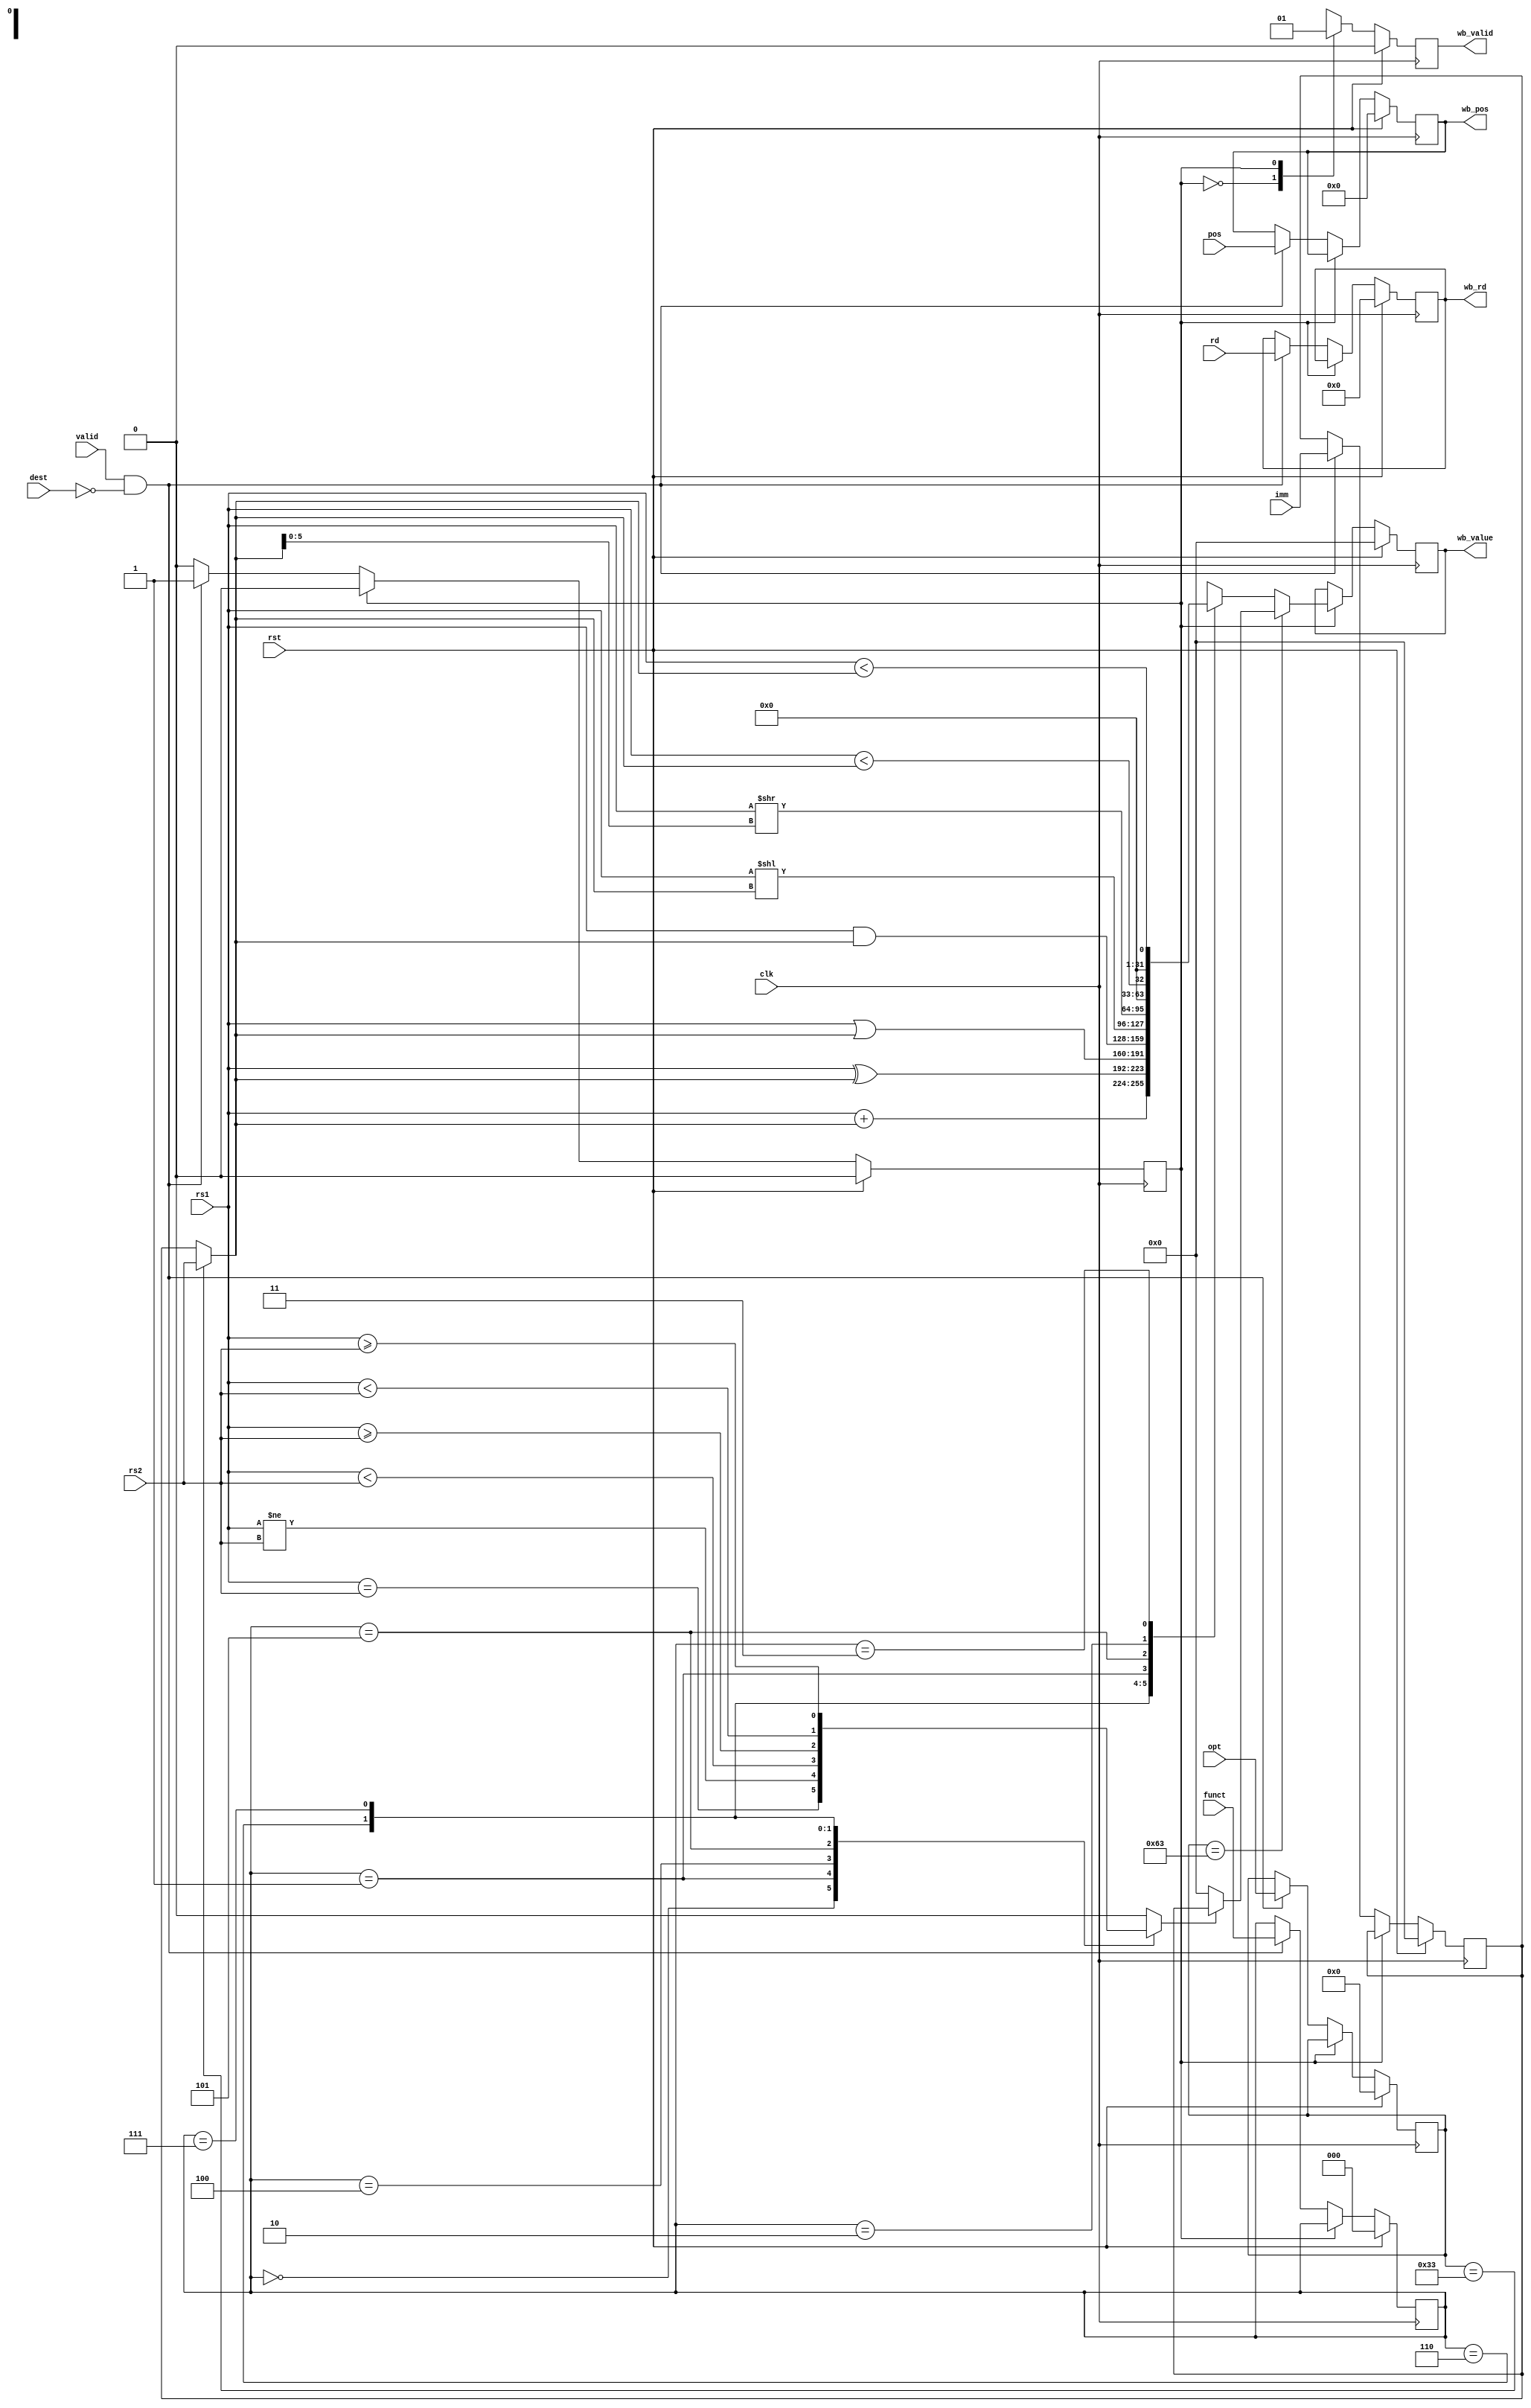
module alu
#(
  parameter SB_SIZE_WIDTH = 4,
  parameter DATA_WIDTH = 32
)
(
  input wire clk,
  input wire rst,

  // from exe broadcast
  input wire valid,
  input wire dest, // 0 for alu, 1 for ls
  input wire [SB_SIZE_WIDTH-1:0] pos,
  input wire [OPT_WIDTH-1:0]     opt,
  input wire [FUNCT_WIDTH-1:0]   funct,
  input wire [REG_WIDTH-1:0]     rd,
  input wire [DATA_WIDTH-1:0]    imm,

  input wire [DATA_WIDTH-1:0]    rs1,
  input wire [DATA_WIDTH-1:0]    rs2,

  // with wb_buffer
  output reg wb_valid,
  output reg [SB_SIZE_WIDTH-1:0] wb_pos,
  output reg [REG_WIDTH-1:0]     wb_rd,
  output reg  [DATA_WIDTH-1:0]    wb_value
);

  localparam OPT_WIDTH = 7;
  localparam FUNCT_WIDTH = 3;
  localparam REG_WIDTH = 5;

  // assign wb_pos = pos;
  // assign wb_rd = rd;

  reg status;
  localparam IDLE = 1'b0, EXE = 1'b1;

  reg [OPT_WIDTH-1:0] opt_save;
  reg [FUNCT_WIDTH-1:0] funct_save;
  reg [DATA_WIDTH-1:0] imm_save;

  localparam OPCODE_B = 7'b1100011;
  localparam OPCODE_L = 7'b0000011;
  localparam OPCODE_S = 7'b0100011;
  localparam OPCODE_I = 7'b0010011;
  localparam OPCODE_R = 7'b0110011;

  always @(posedge clk) begin
    if (rst) begin
      wb_valid <= 0;
      wb_pos <= 0;
      wb_rd <= 0;
      wb_value <= 0;
      status <= IDLE;
      imm_save <= 0;
      opt_save <= 0;
      funct_save <= 0;
    end else begin
      case (status)
        IDLE: begin
          wb_valid <= 0;
          if (valid && dest == 0) begin
            status <= EXE;
            wb_pos <= pos;
            wb_rd <= rd;
            imm_save <= imm;
            opt_save <= opt;
            funct_save <= funct;
          end
        end
        EXE: begin
          wb_valid <= 1;
          status <= IDLE;
          if (opt_save == OPCODE_B) begin
            wb_value <= jump ? imm_save : 0;
          end else begin
            wb_value <= arith_res;
          end
        end
      endcase
    end
  end

  reg jump;
  always @(*) begin
    case (funct_save)
      3'b000:  jump = (rs1 == rs2);
      3'b001:  jump = (rs1 != rs2);
      3'b100:  jump = ($signed(rs1) < $signed(rs2));
      3'b101:  jump = ($signed(rs1) >= $signed(rs2));
      3'b110: jump = (rs1 < rs2);
      3'b111: jump = (rs1 >= rs2);
      default: jump = 0;
    endcase
  end

  wire [DATA_WIDTH-1:0] arith_op1 = rs1;
  wire [DATA_WIDTH-1:0] arith_op2 = opt_save == OPCODE_R ? rs2 : imm_save;
  reg [DATA_WIDTH-1:0] arith_res;
  always @(*) begin
    case (funct_save)
      3'b000:  arith_res = arith_op1 + arith_op2;
      3'b100:  arith_res = arith_op1 ^ arith_op2;
      3'b110:   arith_res = arith_op1 | arith_op2;
      3'b111:  arith_res = arith_op1 & arith_op2;
      3'b001:  arith_res = arith_op1 << arith_op2;
      3'b101: arith_res = arith_op1 >> arith_op2[5:0];
      3'b010:  arith_res = ($signed(arith_op1) < $signed(arith_op2));
      3'b011: arith_res = (arith_op1 < arith_op2);
    endcase
  end

endmodule